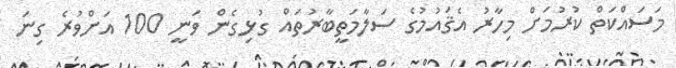
މަސައްކަތް ކުރުމަށް މިހާރު އެޤައުމުގެ ސަލާމަތީބާރުތައް ގުޅިގެން ވަނީ 100 އަށްވުރެ ގިނަ